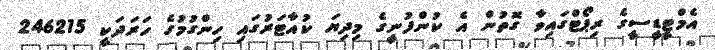
އެމްޓީޑީސީގެ ރިޕޯޓްގައިވާ ގޮތުން އެ ކުންފުނީގެ މިދިޔަ ކުއާޓަރުގައި ހިންގުމުގެ ހަރަދަކީ 246215